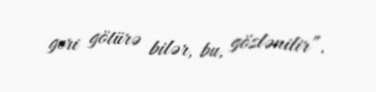
geri götürə bilər, bu, gözlənilir”.